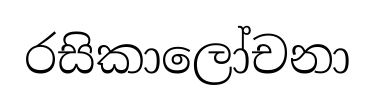
රසිකාලෝචනා